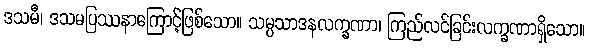
ဒသမီ၊ ဒသမပြဿနာကြောင့်ဖြစ်သော။ သမ္ပသာဒနလက္ခဏာ၊ ကြည်လင်ခြင်းလက္ခဏာရှိသော။